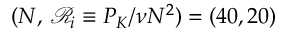
( N , \, \mathcal { R } _ { i } \equiv P _ { K } / \nu N ^ { 2 } ) = ( 4 0 , 2 0 )